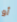
أو